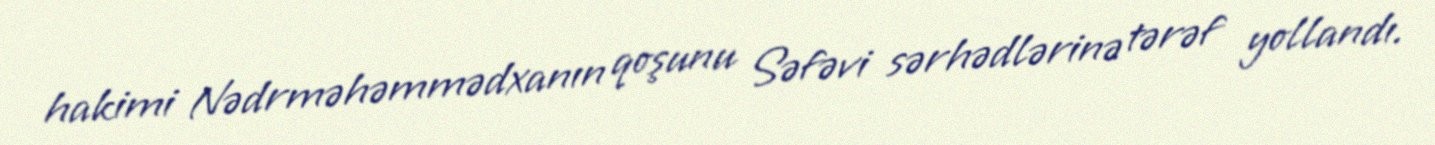
hakimi Nədrməhəmmədxanın qoşunu Səfəvi sərhədlərinə tərəf yollandı.